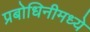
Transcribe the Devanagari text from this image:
प्रबोधिनीमध्ये